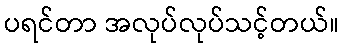
ပရင်တာ အလုပ်လုပ်သင့်တယ်။